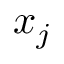
x _ { j }